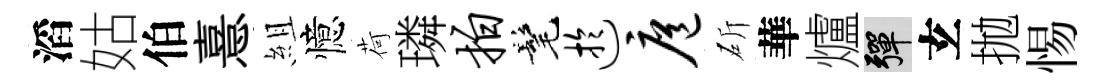
滔姑伯憙組憶荷璘拍髦迂扈斫華爐彈𤣥拋惕